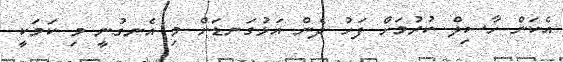
އެކަން ހާސިލް ކުރުމަށް ފަހު ދެން އަޅުގަނޑަށް މި އެނގުނީ މި ކަމަކީ